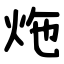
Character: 炧